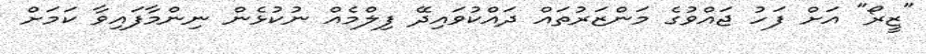
"ޒީރޯ" އަށް ފަހު ޖައްވުގެ މަންޒަރުތައް ދައްކުވައިދޭ ފިލްމެއް ނުކުޅެން ނިންމާފައިވާ ކަމަށް